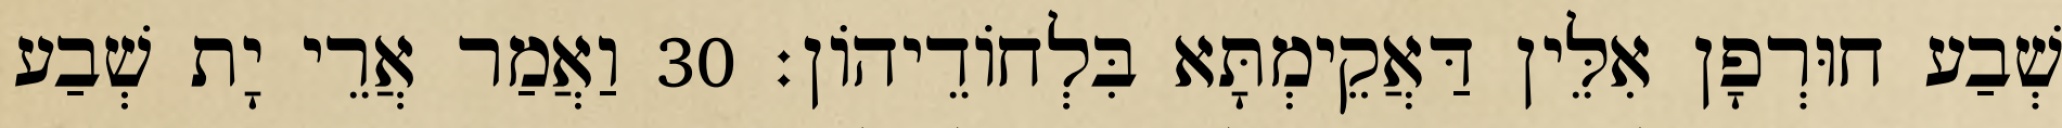
שְׁבַע חוּרְפָן אִלֵּין דַּאֲקֵימְתָּא בִּלְחוֹדֵיהוֹן׃ 30 וַאֲמַר אֲרֵי יָת שְׁבַע